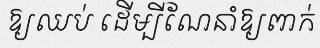
ឱ្យឈប់ ដើម្បីណែនាំឱ្យពាក់